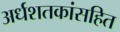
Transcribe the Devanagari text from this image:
अर्धशतकांसहित